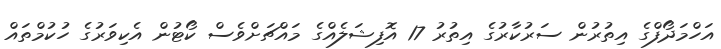
އަހްމަދޯފްގެ އިތުރުން ސަރުކާރުގެ އިތުރު 17 އޮފިޝަލެއްގެ މައްޗަށްވެސް ކޯޓުން އެކިވަރުގެ ހުކުމްތައް